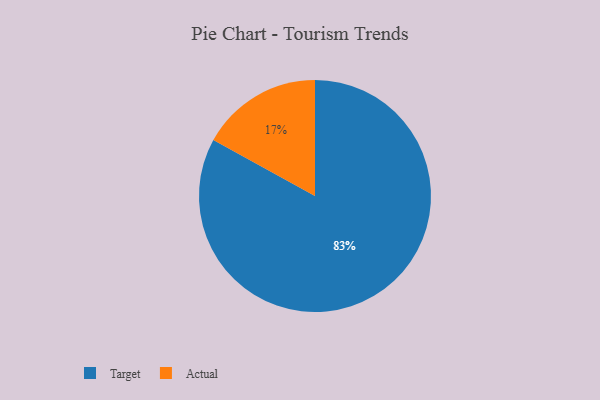
{"axis": {"x": "Category", "y": "Percentage"}, "legend": ["Actual", "Target"], "data": [{"x": "Actual", "y": 17, "type": "Actual"}, {"x": "Target", "y": 83, "type": "Target"}]}